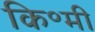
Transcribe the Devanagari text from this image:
कि॰मी